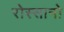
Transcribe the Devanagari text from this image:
रोस्सानो